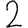
Digit: 2